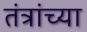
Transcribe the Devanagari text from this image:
तंत्रांच्या